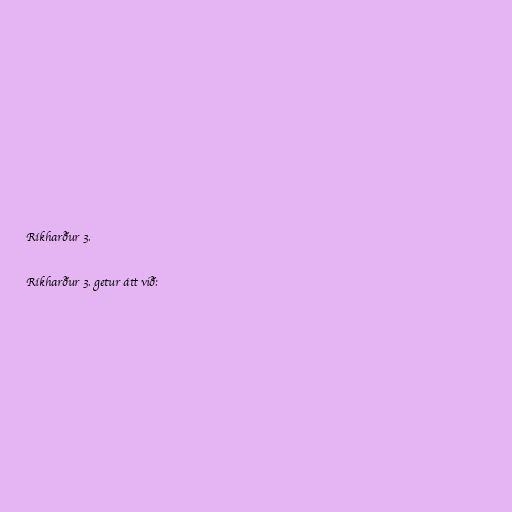
Ríkharður 3.

Ríkharður 3. getur átt við: